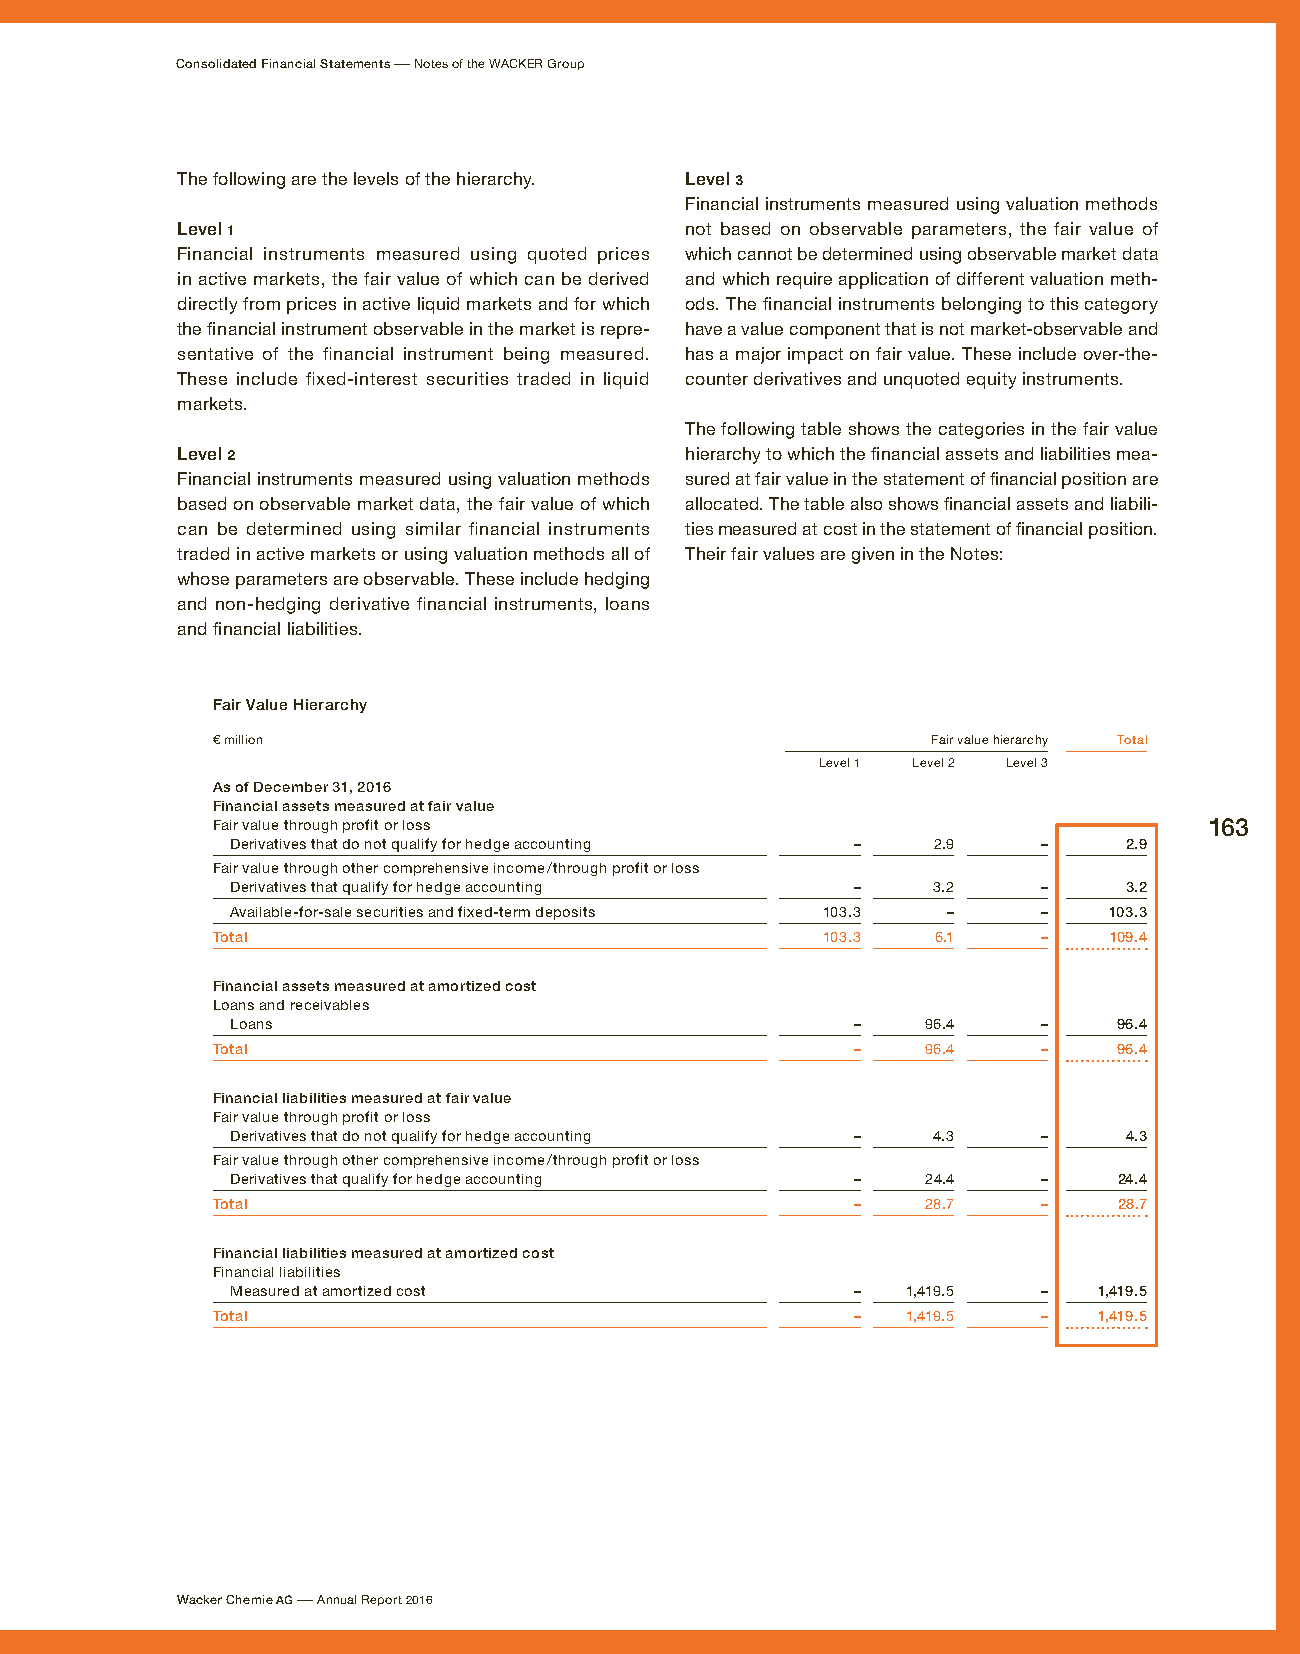
Consolidated Financial Statements – Notes of the WACKER Group
 The following are the levels of the hierarchy. Level 3
 Financial instruments measured using valuation methods
 Level 1                          not based on observable parameters, the fair value of
 Financial instruments measured using quoted prices which cannot be determined using observable market data
 in active markets, the fair value of which can be derived and which require application of different valuation meth-
 directly from prices in active liquid markets and for which ods. The financial instruments belonging to this category
 the financial instrument observable in the market is repre- have a value component that is not market-observable and
 sentative of the financial instrument being measured. has a major impact on fair value. These include over-the-
 These include fixed-interest securities traded in liquid counter derivatives and unquoted equity instruments.
 markets.
 The following table shows the categories in the fair value
 Level 2                          hierarchy to which the financial assets and liabilities mea-
 Financial instruments measured using valuation methods sured at fair value in the statement of financial position are
 based on observable market data, the fair value of which allocated. The table also shows financial assets and liabili-
 can be determined using similar financial instruments ties measured at cost in the statement of financial position.
 traded in active markets or using valuation methods all of Their fair values are given in the Notes:
 whose parameters are observable. These include hedging
 and non-hedging derivative financial instruments, loans
 and financial liabilities.
 Fair Value Hierarchy
 € million                                       Fair value hierarchy Total
 Level 1 Level 2 Level 3
 As of December 31, 2016
 Financial assets measured at fair value
 Fair value through profit or loss                                 163
 Derivatives that do not qualify for hedge accounting – 2.9 – 2.9
 Fair value through other comprehensive income / through profit or loss
 Derivatives that qualify for hedge accounting – 3.2   –    3.2
 Available-for-sale securities and fixed-term deposits 103.3 – – 103.3
 Total                                   103.3   6.1    –   109.4
 Financial assets measured at amortized cost
 Loans and receivables
 Loans                                    –    96.4    –    96.4
 Total                                     –    96.4    –    96.4
 Financial liabilities measured at fair value
 Fair value through profit or loss
 Derivatives that do not qualify for hedge accounting – 4.3 – 4.3
 Fair value through other comprehensive income / through profit or loss
 Derivatives that qualify for hedge accounting – 24.4  –    24.4
 Total                                     –    28.7    –    28.7
 Financial liabilities measured at amortized cost
 Financial liabilities
 Measured at amortized cost               –   1,419.5  –   1,419.5
 Total                                     –   1,419.5  –   1,419.5
 Wacker Chemie AG – Annual Report 2016